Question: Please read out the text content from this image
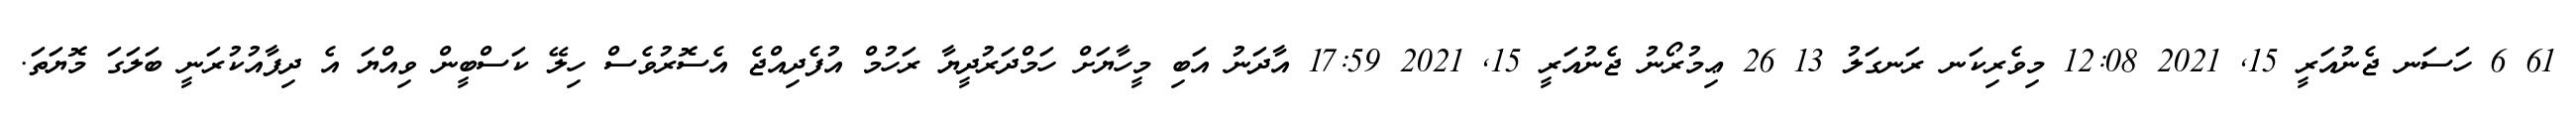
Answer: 61 6 ހަސަނ ޖެނުއަރީ 15, 2021 12:08 މިވެރިކަނ ރަނގަލު 13 26 ޢިމުރޯނު ޖެނުއަރީ 15, 2021 17:59 އާދަނު އަބި މީހާޔަށް ހަމްދަރުދީޔާ ރަހުމް އުފެދިއްޖެ އެސޮރުވެސް ހިލޭ ކަސްބީން ވިއްޔަ އެ ދިފާއުކުރަނީ ބަލަގަ މޮޔަތަ.